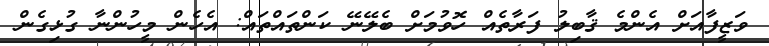
ވަޒީފާއަށް އެންމެ ޤާބިލު ފަރާތެއް ހޮވުމަށް ބެލޭނޭ ކަންތައްތައް: އެހެން މީހުންނާ ގުޅިގެން